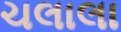
ચલાલા